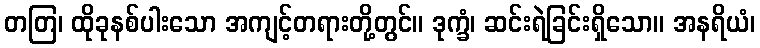
တတြ၊ ထိုခုနစ်ပါးသော အကျင့်တရားတို့တွင်။ ဒုက္ခံ၊ ဆင်းရဲခြင်းရှိသော။ အနရိယံ၊